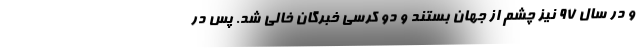
و در سال 97 نیز چشم از جهان بستند و دو کرسی خبرگان خالی شد. پس در